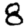
Digit: 8